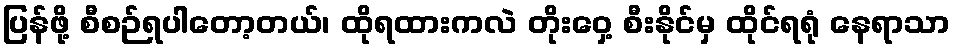
ပြန်ဖို့ စီစဉ်ရပါတော့တယ်၊ ထိုရထားကလဲ တိုးဝှေ့ စီးနိုင်မှ ထိုင်ရရုံ နေရာသာ